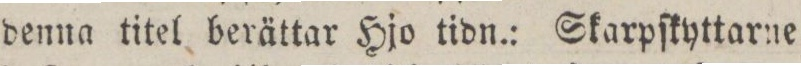
denna titel berättar Hjo tidn.: Skarpſkyttarne